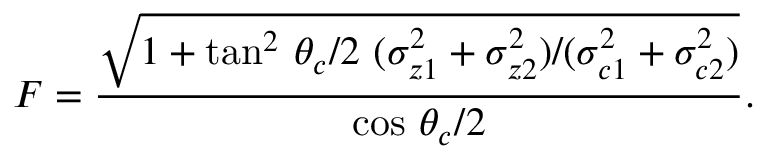
F = \frac { \sqrt { 1 + \tan ^ { 2 } \, \theta _ { c } / 2 ~ ( \sigma _ { z 1 } ^ { 2 } + \sigma _ { z 2 } ^ { 2 } ) / ( \sigma _ { c 1 } ^ { 2 } + \sigma _ { c 2 } ^ { 2 } ) } } { \cos \, \theta _ { c } / 2 } .